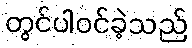
တွင်ပါဝင်ခဲ့သည်